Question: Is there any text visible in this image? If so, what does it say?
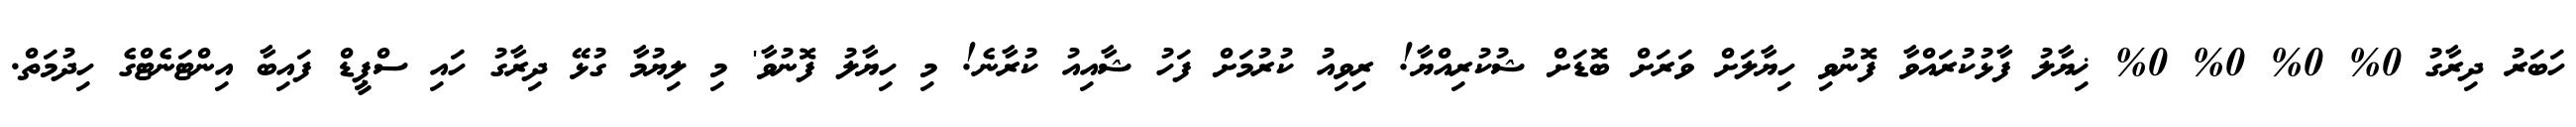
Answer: ހަބަރު ދިރާގު 0% 0% 0% 0% ޚިޔާލު ފާޅުކުރައްވާ ފޮނުވި ހިޔާލަށް ވަރަށް ބޮޑަށް ޝުކުރިއްޔާ! ރިވިއު ކުރުމަށް ފަހު ޝާއިއު ކުރާނެ! މި ހިޔާލު ފޮނުވާ' މި ލިޔުމާ ގުޅޭ ދިރާގު ހައި ސްޕީޑް ފައިބާ އިންޓަނެޓްގެ ހިދުމަތް.